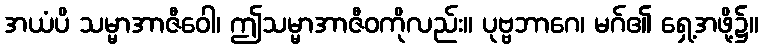
အယံပိ သမ္မာအာဇီဝေါ၊ ဤသမ္မာအာဇီဝကိုလည်း။ ပုဗ္ဗဘာဂေ၊ မဂ်၏ ရှေ့အဖို့၌။